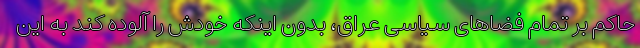
حاکم بر تمام فضاهای سیاسی عراق،‌ بدون اینکه خودش را آلوده کند به این